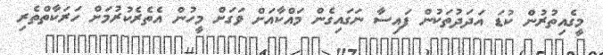
މީގެއިތުރުން ކުޑަ އަދަދުތަކުން ފައިސާ ނަގައިގެން މައްކާއަށް ވަގަށް މީހުން އެތެރެކުރުމަށް ހަރަކާތްތެރި